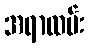
အရာထမ်း